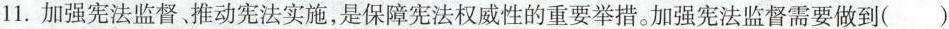
11.加强宪法监督。推动宪法实施，是保障宪法权威性的重要举措。加强宪法监督需要做到( )